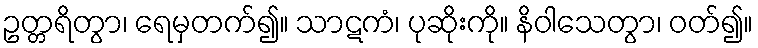
ဥတ္တရိတွာ၊ ရေမှတက်၍။ သာဋကံ၊ ပုဆိုးကို။ နိဝါသေတွာ၊ ဝတ်၍။